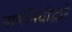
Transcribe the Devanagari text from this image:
नाणेनिधीद्वारे